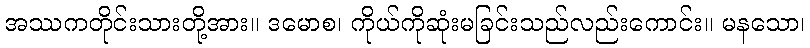
အဿကတိုင်းသားတို့အား။ ဒမောစ၊ ကိုယ်ကိုဆုံးမခြင်းသည်လည်းကောင်း။ မနသော၊